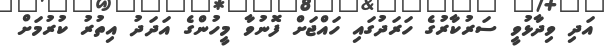
އަދި ވިދާޅުވީ ސަރުކާރުގެ ހަރަދުގައި ހައްޖަށް ފޮނުވާ މީހުންގެ އަދަދު އިތުރު ކުރުމަށް